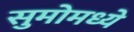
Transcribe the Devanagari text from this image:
सुमोमध्ये